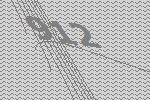
912